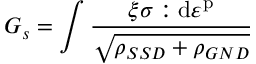
G _ { s } = \int \frac { \xi \boldsymbol { \sigma } : \mathrm { d } \boldsymbol { \varepsilon } ^ { \mathrm { p } } } { \sqrt { \rho _ { S S D } + \rho _ { G N D } } }